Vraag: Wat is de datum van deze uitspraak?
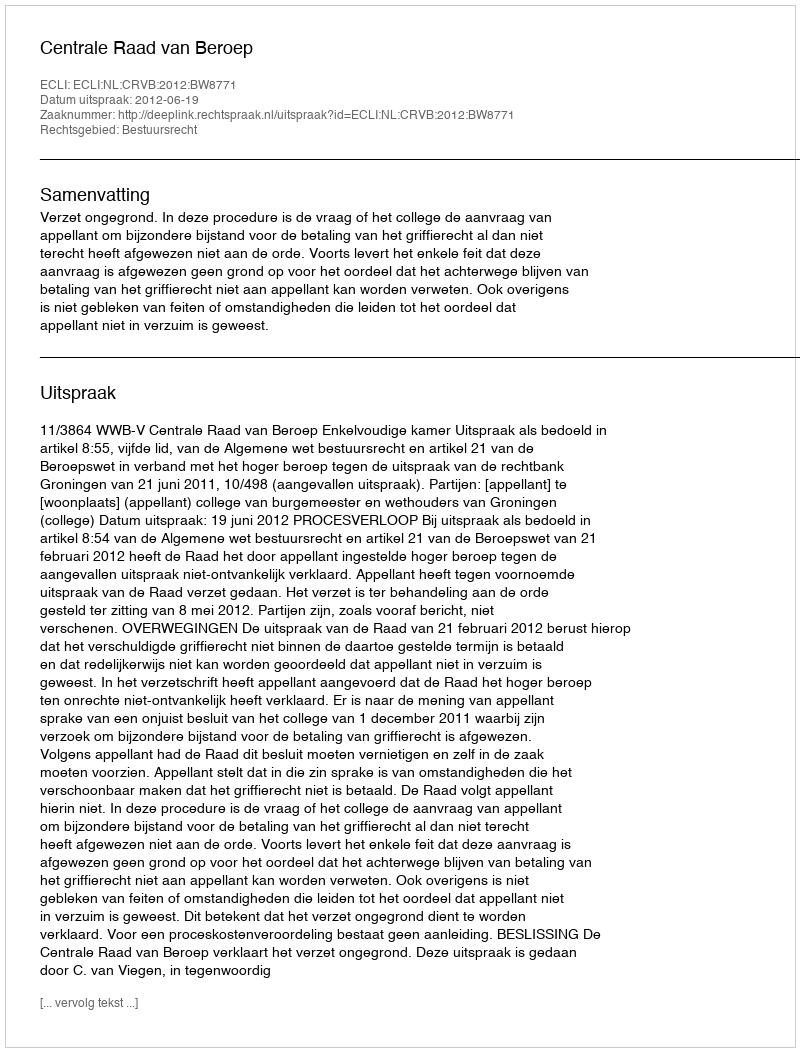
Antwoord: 2012-06-19